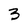
Character: 3